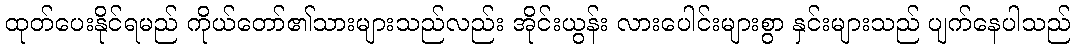
ထုတ်ပေးနိုင်ရမည် ကိုယ်တော်၏သားများသည်လည်း အိုင်းယွန်း လားပေါင်းများစွာ နှင်းများသည် ပျက်နေပါသည်